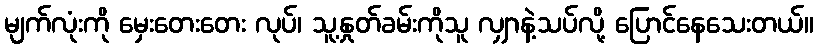
မျက်လုံးကို မှေးတေးတေး လုပ်၊ သူ့နှုတ်ခမ်းကိုသူ လျှာနဲ့သပ်လို့ ပြောင်နေသေးတယ်။